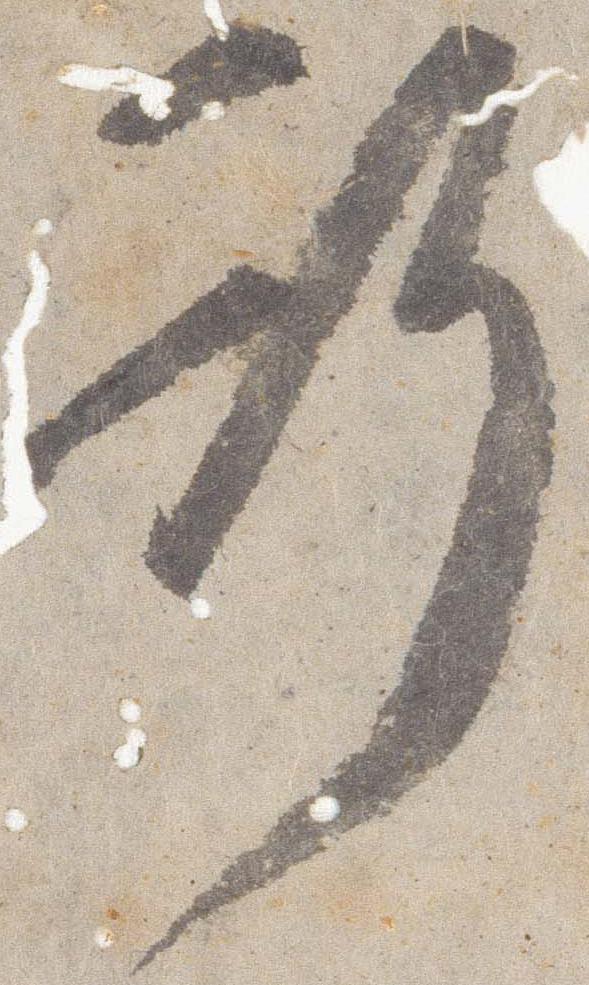
行